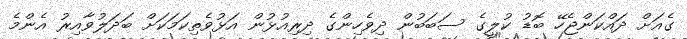
ގެއަށް ދައްކަންޖެހޭ ބޮޑު ކުލީގެ ސަބަބުން ދިވެހިންގެ ދިރިއުޅުން އަޅުވެތިކަމަކަށް ބަދަލުވާއިރު އެންމެ